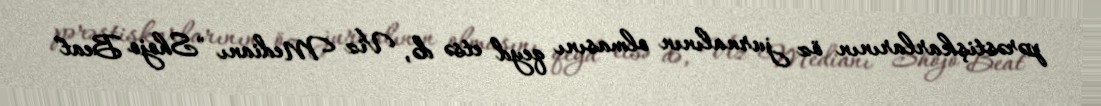
pərəstişkarlarının öz jurnalının olmasını qeyd etsə də, Viz Medianı "Shojo Beat"